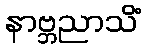
နာဗ္ဘညာသိံ